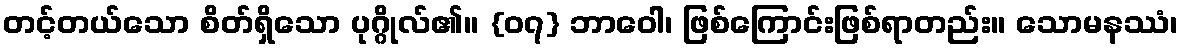
တင့်တယ်သော စိတ်ရှိသော ပုဂ္ဂိုလ်၏။ {၀၇} ဘာဝေါ၊ ဖြစ်ကြောင်းဖြစ်ရာတည်း။ သောမနဿံ၊